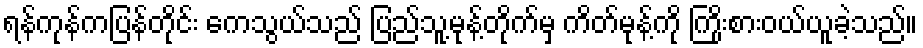
ရန်ကုန်ကပြန်တိုင်း ကေသွယ်သည် ပြည်သူ့မုန့်တိုက်မှ ကိတ်မုန့်ကို ကြိုးစားဝယ်ယူခဲ့သည်။